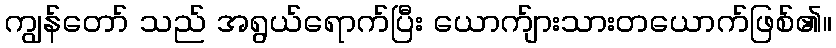
ကျွန်တော် သည် အရွယ်ရောက်ပြီး ယောက်ျားသားတယောက်ဖြစ်၏။